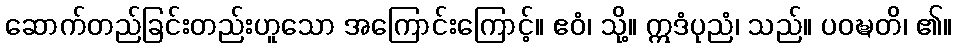
ဆောက်တည်ခြင်းတည်းဟူသော အကြောင်းကြောင့်။ ဧဝံ၊ သို့။ ဣဒံပုညံ၊ သည်။ ပဝဍ္ဎတိ၊ ၏။